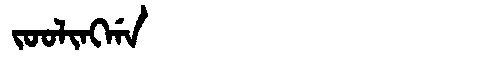
Manchu: ᠵᠣᠣᠯᡳᠩᡤᠠ
Romanization: JOOLINGGA